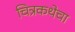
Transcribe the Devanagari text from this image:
चित्रकथेचा